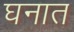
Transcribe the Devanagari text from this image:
घनात